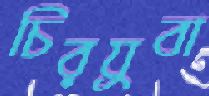
চিরযুবা